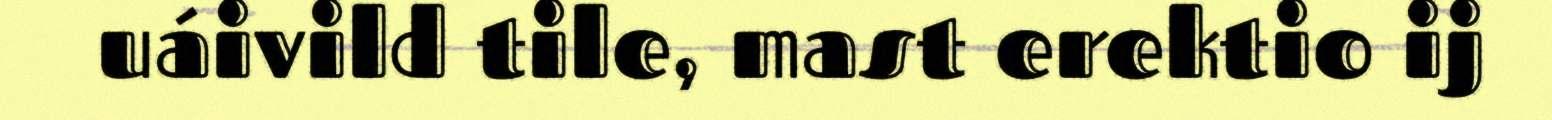
uáivild tile, mast erektio ij